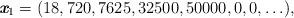
LaTeX: \begin{align*}\emph{\textbf{x}}_1=(18,720,7625,32500,50000,0,0,\ldots),\end{align*}